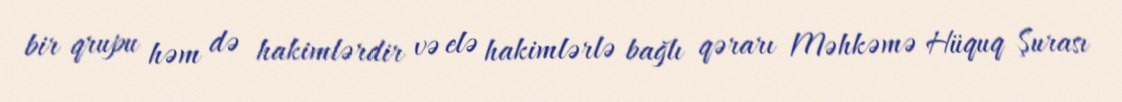
bir qrupu həm də hakimlərdir və elə hakimlərlə bağlı qərarı Məhkəmə Hüquq Şurası